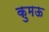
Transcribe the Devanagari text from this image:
कुमऊ